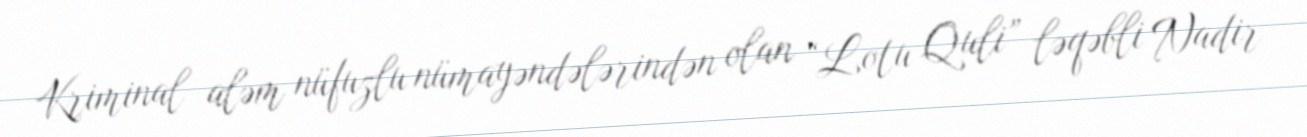
Kriminal aləm nüfuzlu nümayəndələrindən olan “Lotu Quli” ləqəbli Nadir